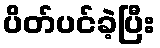
ပိတ်ပင်ခဲ့ပြီး